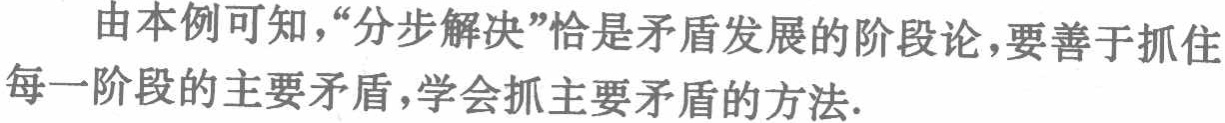
由本例可知，“分步解决”恰是矛盾发展的阶段论，要善于抓住每一阶段的主要矛盾，学会抓主要矛盾的方法.